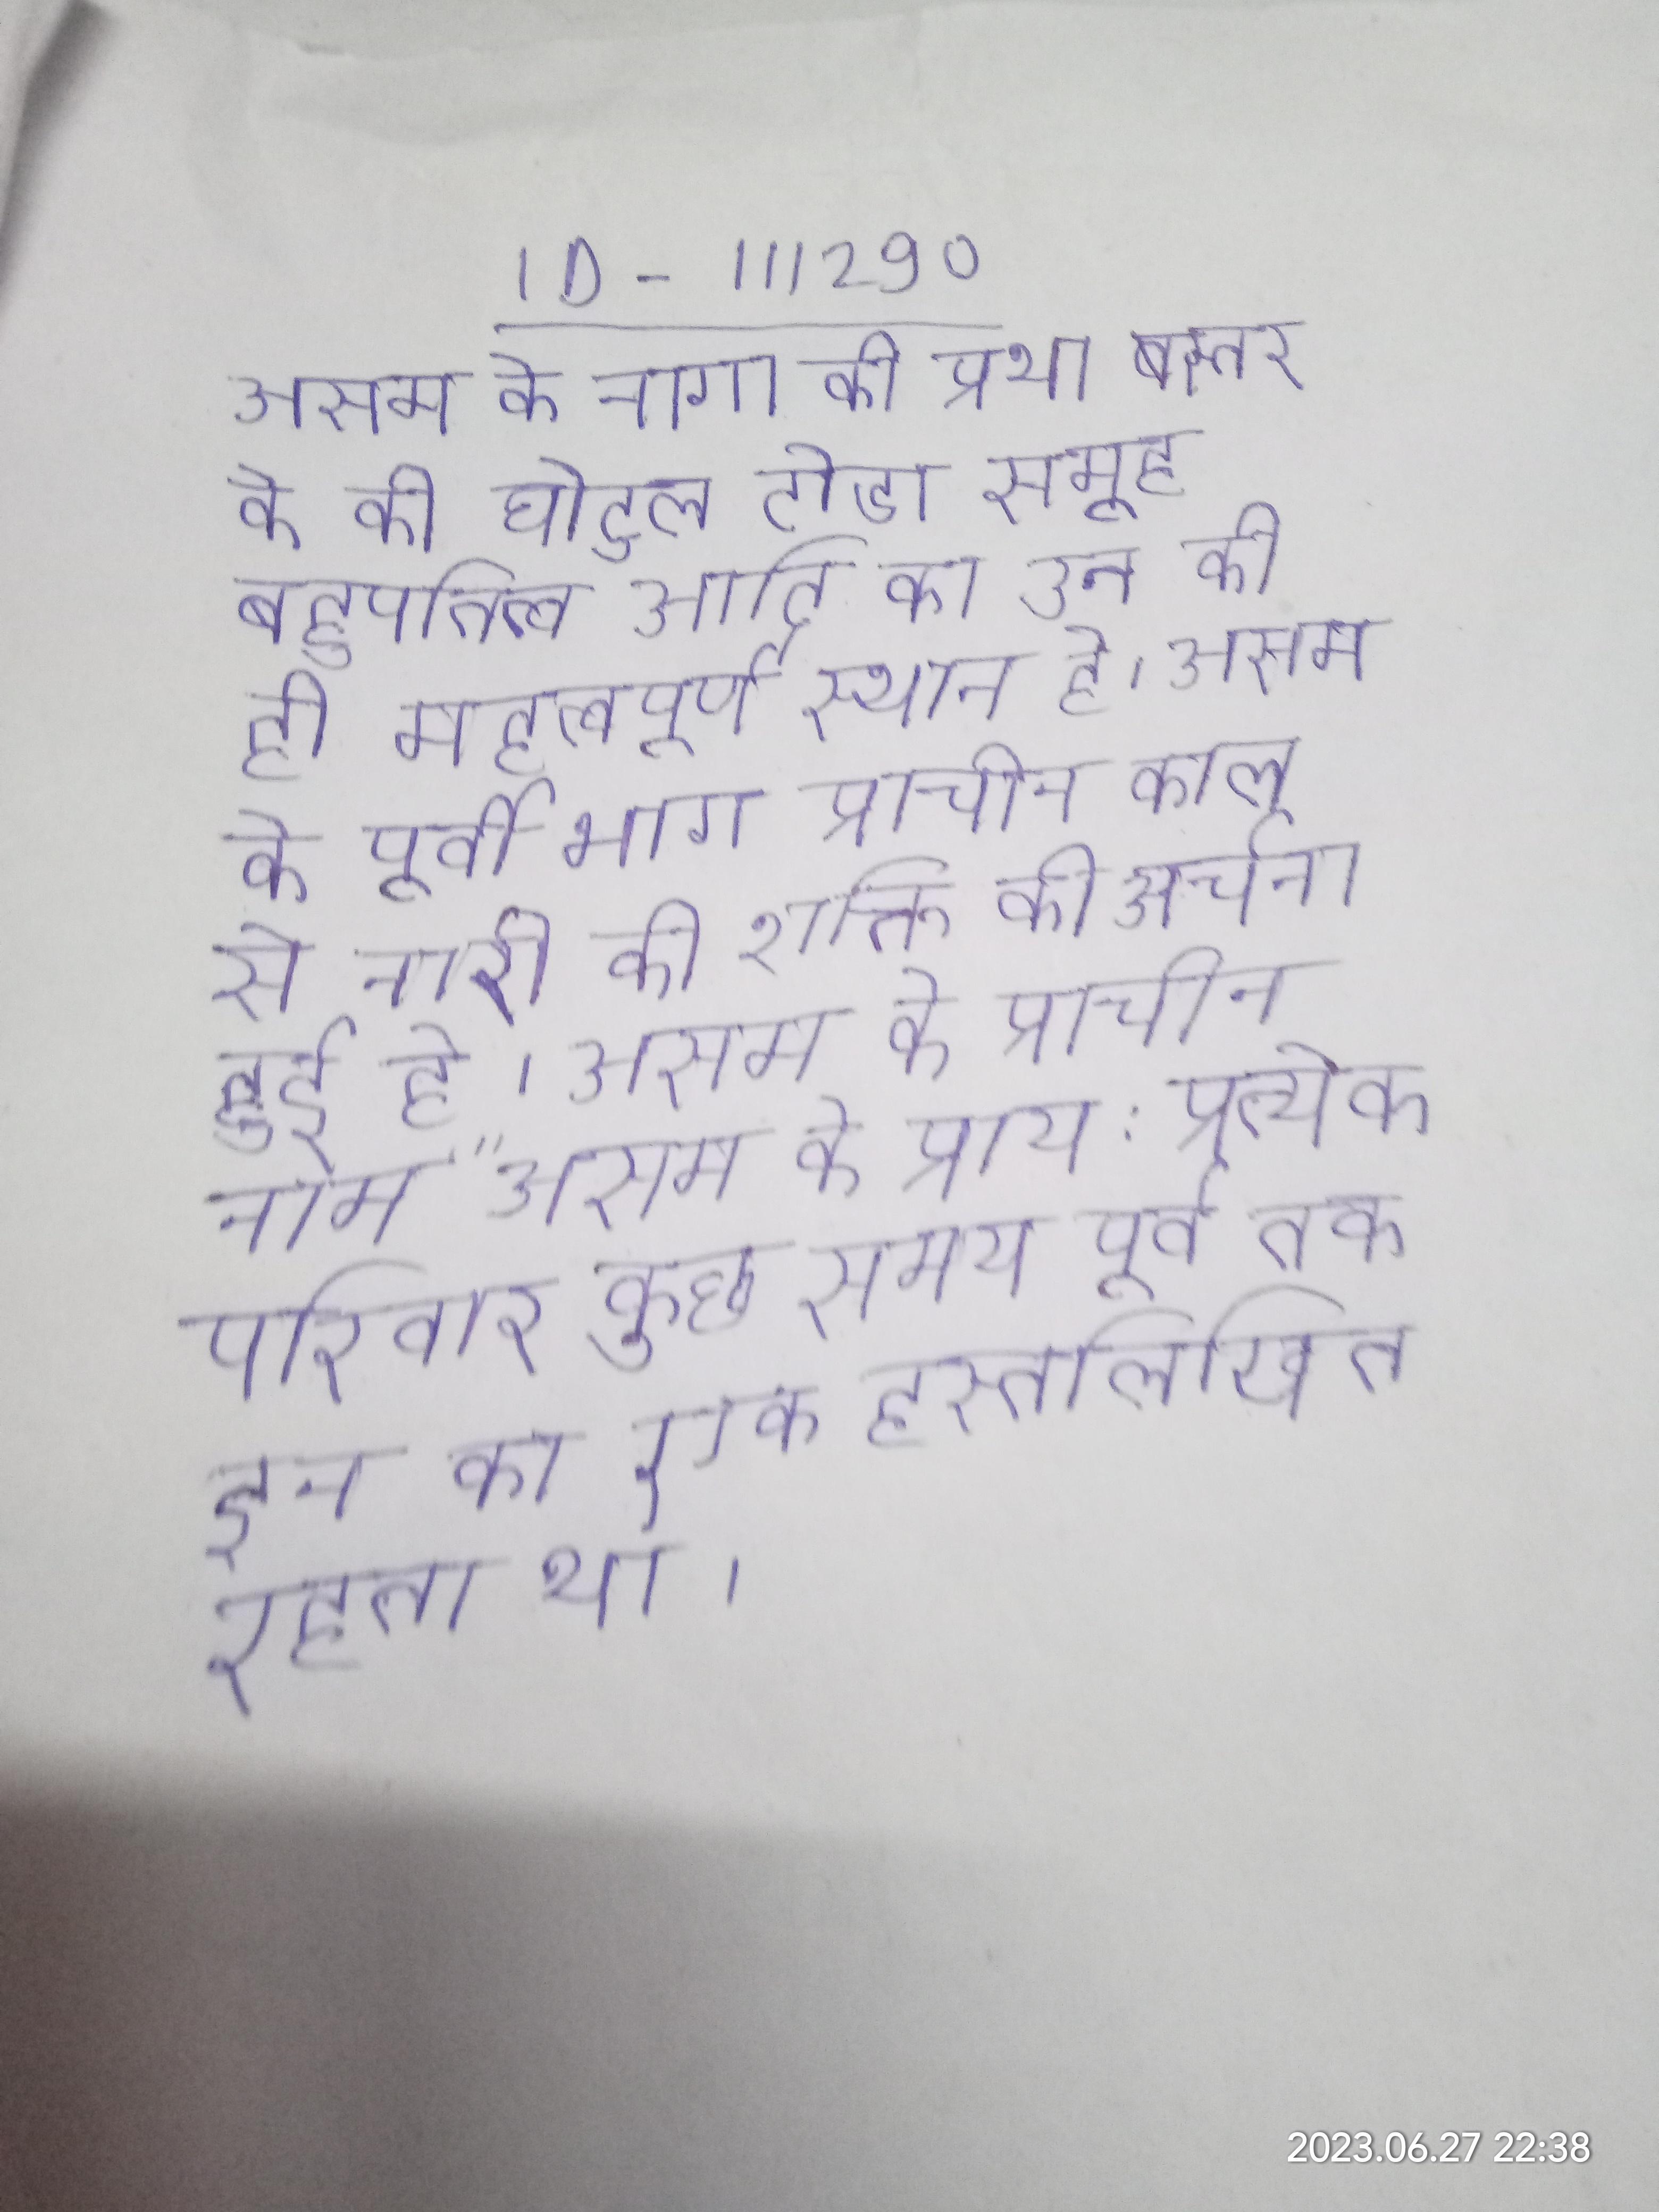
असम के नागा की प्रथा बस्तर के की घोटुल टोडा समूह बहुपतित्व आदि का उन की ही महत्वपूर्ण स्थान है । असम के पूर्वी भाग प्राचीन काल से नारी की शक्ति की अर्चना हुई है । असम के प्राचीन नाम " असम के प्राय: प्रत्येक परिवार कुछ समय पूर्व तक इन का एक हस्तलिखित रहता था ।